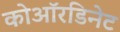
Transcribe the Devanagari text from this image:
कोऑरडिनेट